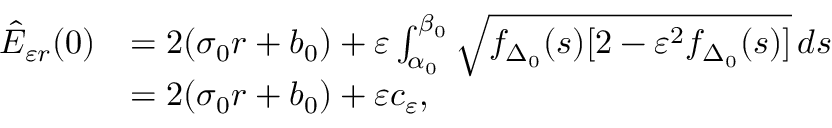
\begin{array} { r l } { \hat { E } _ { \varepsilon r } ( 0 ) } & { = 2 ( \sigma _ { 0 } r + b _ { 0 } ) + \varepsilon \int _ { \alpha _ { 0 } } ^ { \beta _ { 0 } } \sqrt { f _ { \Delta _ { 0 } } ( s ) [ 2 - \varepsilon ^ { 2 } f _ { \Delta _ { 0 } } ( s ) ] } \, d s } \\ & { = 2 ( \sigma _ { 0 } r + b _ { 0 } ) + \varepsilon c _ { \varepsilon } , } \end{array}